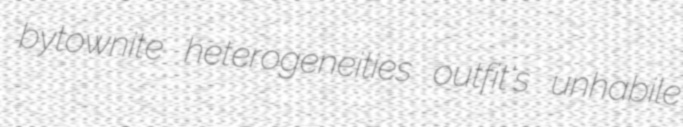
bytownite heterogeneities outfit's unhabile